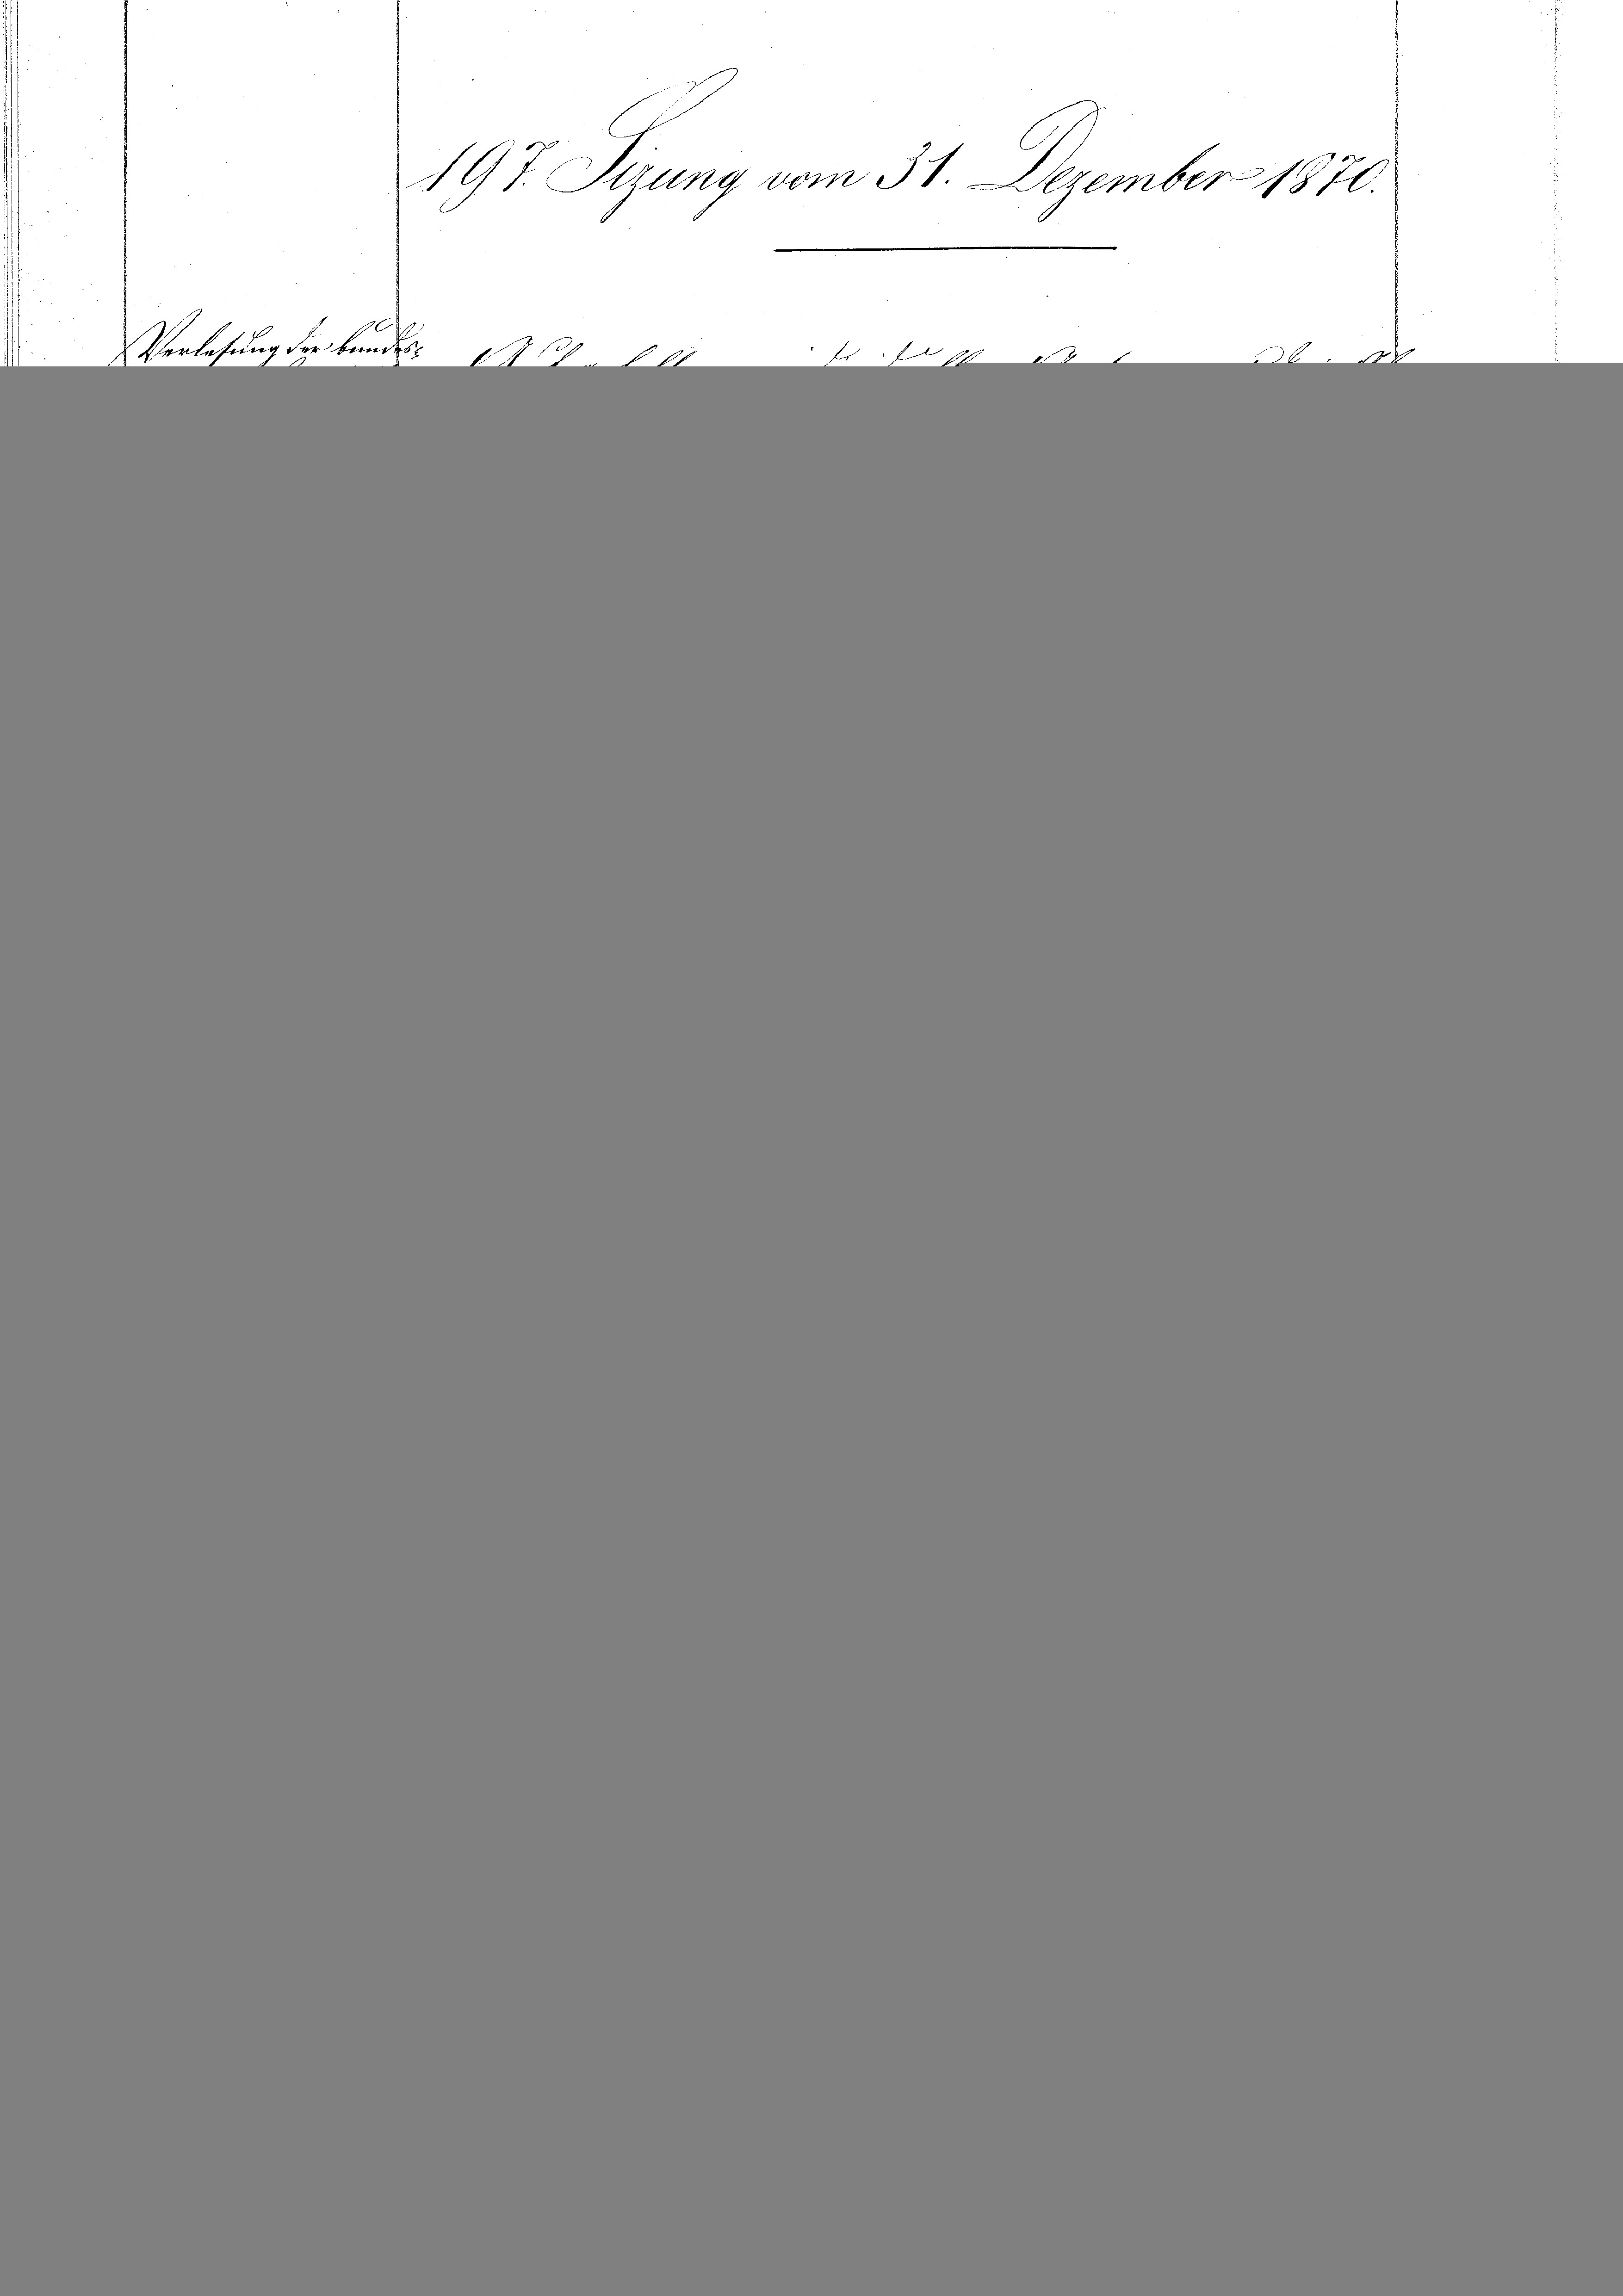
Verletung der Bundes¬

197. Sizung vom 31. Dezember 1870.

7